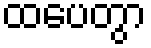
ထပေတွာ